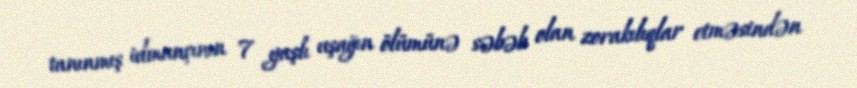
tanınmış idmançının 7 yaşlı uşağın ölümünə səbəb olan zorakılıqlar etməsindən